Annual report of the Central Committee of the Association together with the report of the directors of the Pasteur Institute at Kasauli
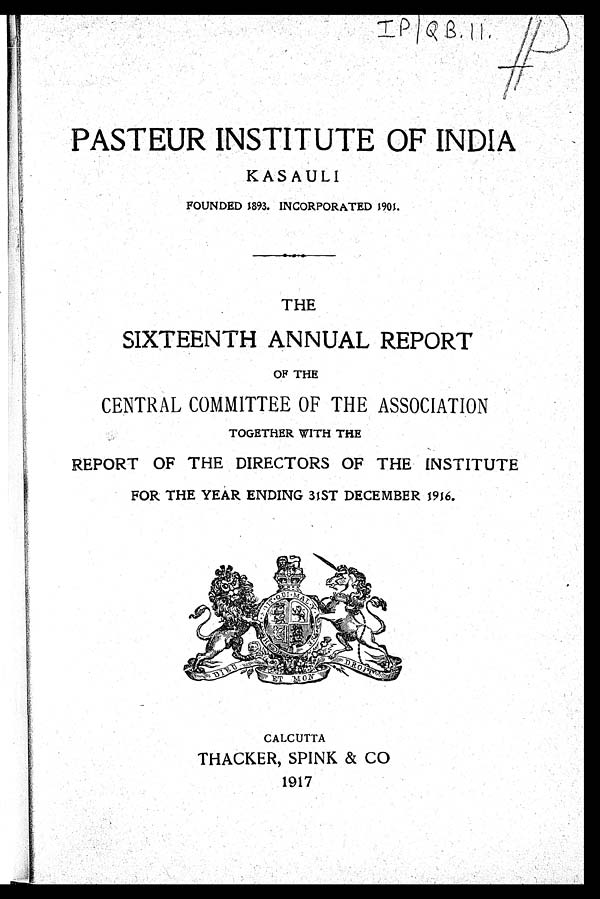
,..
PASTEUR INSTITUTE OF INDIA
KASAULI
FOUNDED 1893. INCORPORATED 1901.
THE
SIXTEENTH ANNUAL REPORT
OF THE
,
CENTRAL COMMITTEE OF THE ASSOCIATION
TOGETHER WITH THE
REPORT OF THE DIRECTORS OFTHE INSTITUTE
FOR THE YEAR ENDING 31ST DECEMBER 1916.
CALCUTTA
THACKER , SPINK & CO
1917